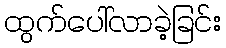
ထွက်ပေါ်လာခဲ့ခြင်း